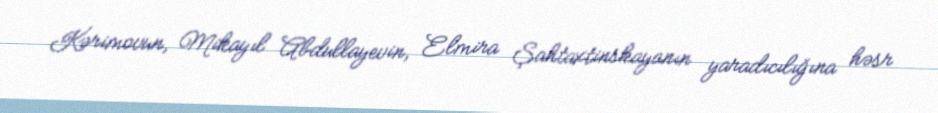
Kərimovun, Mikayıl Abdullayevin, Elmira Şahtaxtinskayanın yaradıcılığına həsr